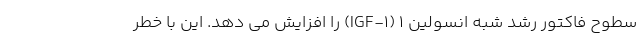
سطوح فاکتور رشد شبه انسولین 1 (IGF-1) را افزایش می دهد. این با خطر